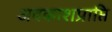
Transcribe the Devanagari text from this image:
अवकाशप्राप्ति